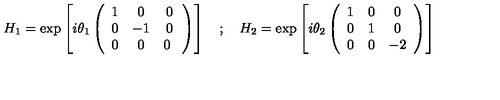
H _ { 1 } = \exp \left[ i \theta _ { 1 } \left( \begin{array} { c c c } { 1 } & { 0 } & { 0 } \\ { 0 } & { - 1 } & { 0 } \\ { 0 } & { 0 } & { 0 \ } \\ \end{array} \right) \right] \quad ; \quad H _ { 2 } = \exp \left[ i \theta _ { 2 } \left( \begin{array} { c c c } { 1 } & { 0 } & { 0 } \\ { 0 } & { 1 } & { 0 } \\ { 0 } & { 0 } & { - 2 } \\ \end{array} \right) \right]